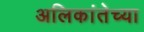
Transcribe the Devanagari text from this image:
अलिकांतेच्या